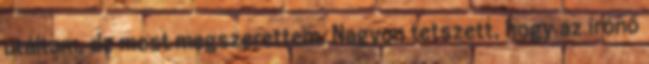
utáltam, de most megszerettem. Nagyon tetszett, hogy az írónő